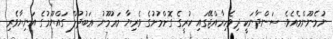
ނުމެނޫންމެއެވެ. ސަންދާނަކީ ދިވެހިރާއްޖޭގައި ކުރީގެ ގޮށްމުށުގެ ވެރިޔާ މަޢުމޫނު ޢަބުދުލް ގައްޔޫމުގެ އަނިޔާވެރި